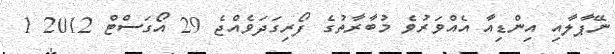
ނޭޕާލާއި އިންޑިއާ އެއްވަރުވެ މުބާރާތުގެ ފޯރިގަދަވެއްޖެ 29 އޯގަސްޓް 2012 1